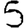
Digit: 5